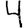
Digit: 4